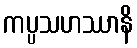
ကပ္ပသဟဿာနိ